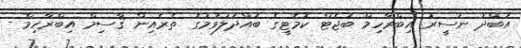
އަބްދު ނަސީރު އިބްރާހިމް ބަޖެޓް ކޮމެޓީގެ ބައްދަލުވުމުގެ ތެރެއިން ޤާސިމް އިބްރާހިމް -